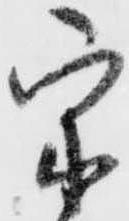
宗